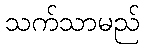
သက်သာမည်